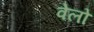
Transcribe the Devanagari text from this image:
वेलो